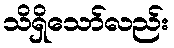
သိရှိသော်လည်း